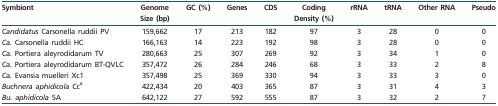
<table><thead><tr><td><b>Symbiont</b></td><td><b>Genome Size (bp)</b></td><td><b>GC (%)</b></td><td><b>Genes</b></td><td><b>CDS</b></td><td><b>Coding Density (%)</b></td><td><b>rRNA</b></td><td><b>tRNA</b></td><td><b>Other RNA</b></td><td><b>Pseudo</b></td></tr></thead><tbody><tr><td><i>Candidatus</i> Carsonella ruddii PV</td><td>159,662</td><td>17</td><td>213</td><td>182</td><td>97</td><td>3</td><td>28</td><td>0</td><td>0</td></tr><tr><td><i>Ca.</i> Carsonella ruddii HC</td><td>166,163</td><td>14</td><td>223</td><td>192</td><td>98</td><td>3</td><td>28</td><td>0</td><td>0</td></tr><tr><td><i>Ca.</i> Portiera aleyrodidarum TV</td><td>280,663</td><td>25</td><td>307</td><td>269</td><td>92</td><td>3</td><td>34</td><td>1</td><td>0</td></tr><tr><td><i>Ca.</i> Portiera aleyrodidarum BT-QVLC</td><td>357,472</td><td>26</td><td>284</td><td>246</td><td>68</td><td>3</td><td>33</td><td>2</td><td>8</td></tr><tr><td><i>Ca.</i> Evansia muelleri Xc1</td><td>357,498</td><td>25</td><td>369</td><td>330</td><td>94</td><td>3</td><td>33</td><td>3</td><td>0</td></tr><tr><td><i>Buchnera aphidicola</i> Cc<sup>a</sup></td><td>422,434</td><td>20</td><td>403</td><td>365</td><td>87</td><td>3</td><td>31</td><td>4</td><td>3</td></tr><tr><td><i>Bu. aphidicola</i> 5A</td><td>642,122</td><td>27</td><td>592</td><td>555</td><td>87</td><td>3</td><td>32</td><td>2</td><td>7</td></tr></tbody></table>